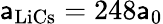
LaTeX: \mathsf{a}_{\mathrm{{{LiCs}}}}=248\mathsf{a}_{0}